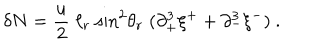
\delta N = { \frac { u } { 2 } } \; \ell _ { r } \; \mathrm { s i n } ^ { 2 } \theta _ { r } \; ( \partial _ { + } ^ { 3 } \xi ^ { + } + \partial _ { - } ^ { 3 } \xi ^ { - } ) \ .